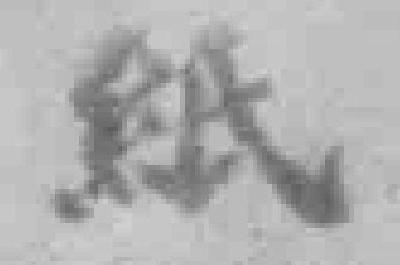
紙